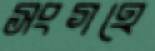
সংগহে